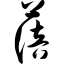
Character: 蓓